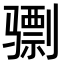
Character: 𫠌